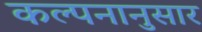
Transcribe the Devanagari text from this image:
कल्पनानुसार